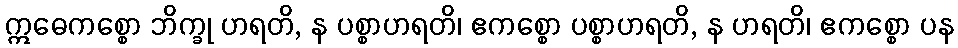
ဣဓေကစ္စော ဘိက္ခု ဟရတိ, န ပစ္စာဟရတိ၊ ဧကစ္စော ပစ္စာဟရတိ, န ဟရတိ၊ ဧကစ္စော ပန